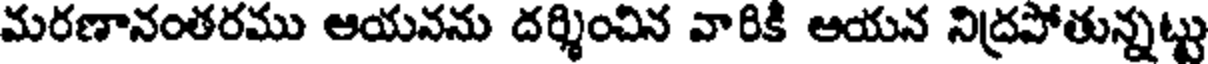
మరణానంతరము ఆయనను దర్శించిన వారికి ఆయన నిద్రపోతున్నట్టు